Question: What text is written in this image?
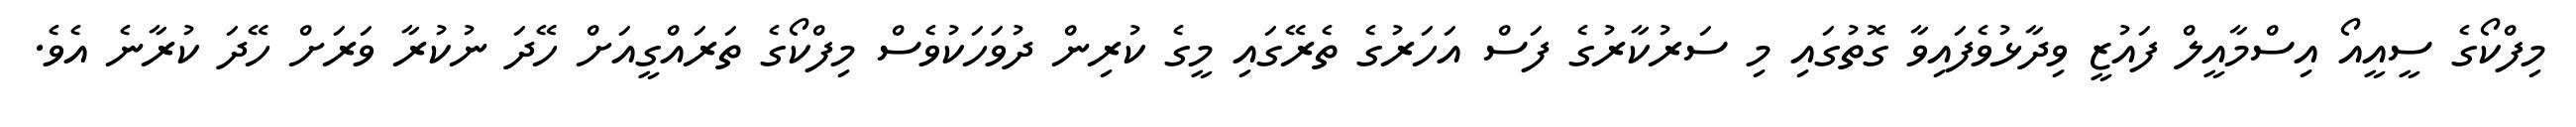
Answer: މިފްކޯގެ ސީއީއޯ އިސްމާއީލް ފައުޒީ ވިދާޅުވެފައިވާ ގޮތުގައި މި ސަރުކާރުގެ ފަސް އަހަރުގެ ތެރޭގައި މީގެ ކުރިން ދުވަހަކުވެސް މިފްކޯގެ ތަރައްގީއަށް ހޭދަ ނުކުރާ ވަރަށް ހޭދަ ކުރާނެ އެވެ.